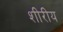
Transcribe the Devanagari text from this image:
शीरीय